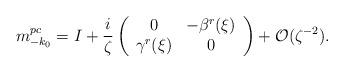
LaTeX: \begin{align*} m^{pc}_{-k_0}=I+\frac{i}{\zeta} \left(\begin{array}{cc} 0 & -{\beta^r}(\xi)\\ {\gamma^r}(\xi) & 0 \end{array}\right)+\mathcal{O}(\zeta^{-2}). \end{align*}